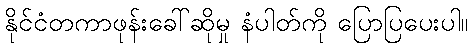
နိုင်ငံတကာဖုန်းခေါ်ဆိုမှု နံပါတ်ကို ပြောပြပေးပါ။